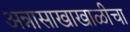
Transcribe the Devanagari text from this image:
अन्नासाखाखाळीचा